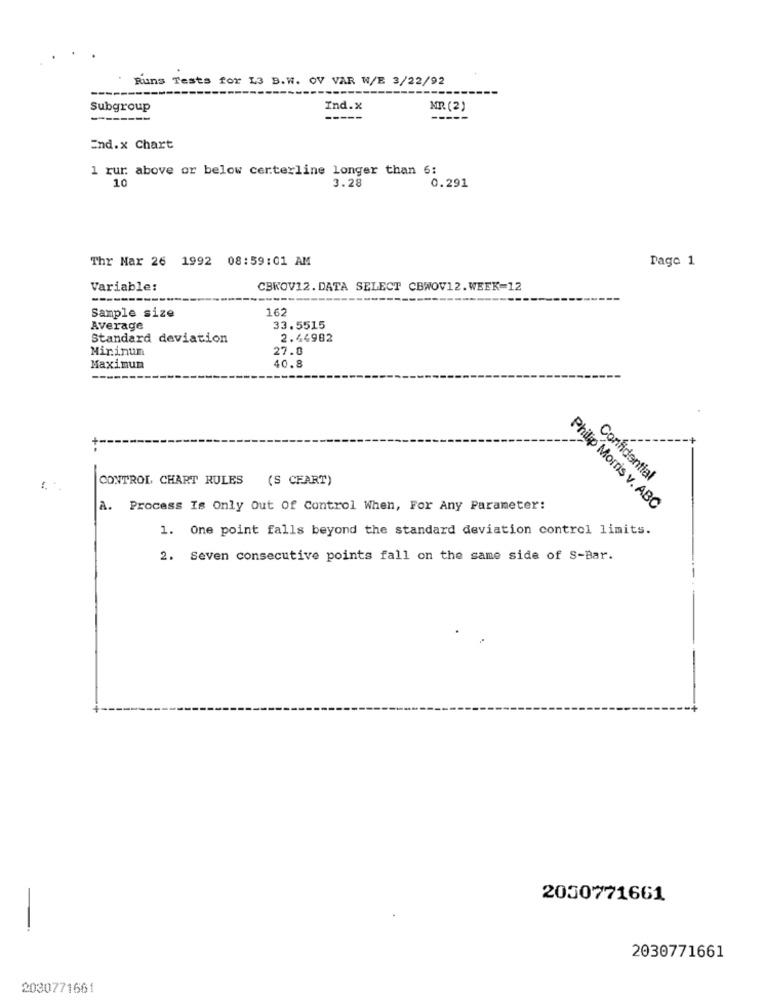
Runs Tests for L3 B.W. OV VAR W/E 3/22/92
Subgroup
Ind.x
MR (2)
End.x Chart
1 rur above or below certerline longer than 6:
10
3.28
0.291
Thr Mar 26 1992 08:59:01 AM
Page 1
Variable:
CBKOV12. DATA SELECT CBWOV12.WEEK=12
Sample size
162
Average
33.5515
Standard deviation
2.44982
Mininun
27.0
Maximum
40.8
CONTROL, CHART RULES (S CFART)
Confidential
1
A. Process Is Only Out Of Control When, For Any Parameter:
Philip Morris v. ABC
1. One point falls beyond the standard deviation control limits.
2. Seven consecutive points fall on the same side of S-Bar.
2030771661
2030771661
2030771661